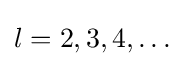
l=2,3,4,\dots